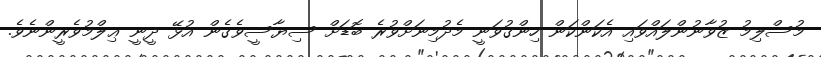
މުސްލިމު ޒުވާނުންލައްވައި އެކަންކަން ހިންގުވަނީ މެދުމިނަށްވުރެ ބޮޑަށް ސިޔާސީވެގެން އުޅޭ ދީނީ ޢިލްމުވެރީންނެވެ.